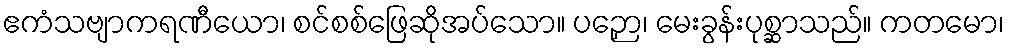
ဧကံသဗျာကရဏီယော၊ စင်စစ်ဖြေဆိုအပ်သော။ ပဉှော၊ မေးခွန်းပုစ္ဆာသည်။ ကတမော၊